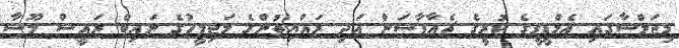
މިޖަލްސާގައި އެމްޑީޕީގެ ކުރީގެ ޗެއާޕާސަން އަދި ރައްޔިތުންގެ މަޖިލީހުގެ ނައިބް ރައީސް މޫސާ